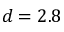
d = 2 . 8